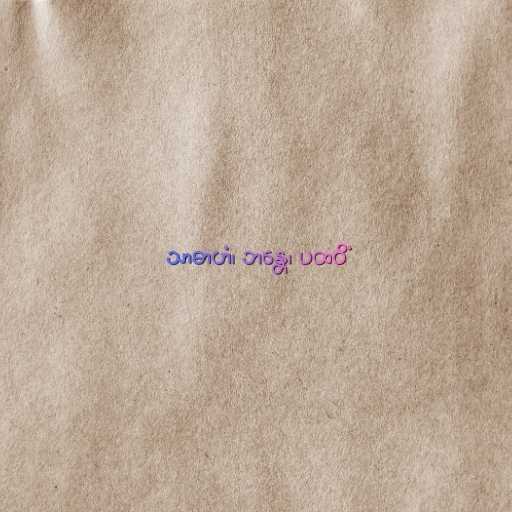
သာဓာဟံ၊ ဘန္တေ၊ ပထဝိံ